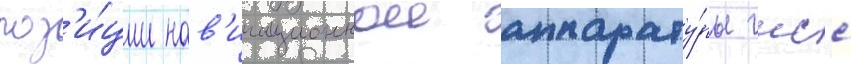
поз'и́ции нав'игационнои аппарату́ры гнсс